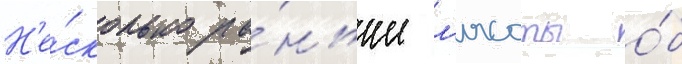
Н'е́сколько ра́ньше л'ясоты о́б